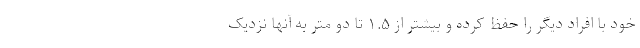
خود با افراد دیگر را حفظ کرده و بیشتر از ۱.۵ تا دو متر به آنها نزدیک